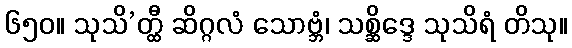
၆၅၀။ သုသိ’တ္ထီ ဆိဂ္ဂလံ သောဗ္ဘံ၊ သစ္ဆိဒ္ဒေ သုသိရံ တိသု။